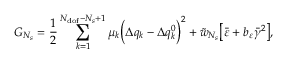
G _ { N _ { s } } = \frac { 1 } { 2 } \sum _ { k = 1 } ^ { N _ { \mathrm { d o f } } - N _ { s } + 1 } { \mu _ { k } \Big ( \Delta q _ { k } - \Delta q _ { k } ^ { 0 } \Big ) ^ { 2 } } + \tilde { w } _ { N _ { s } } \big [ \bar { \varepsilon } + b _ { \varepsilon } \bar { \gamma } ^ { 2 } \big ] ,